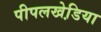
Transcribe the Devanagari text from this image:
पीपलखेडि़या